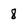
Character: 8